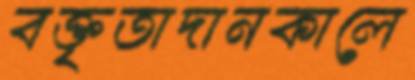
বক্তৃতাদানকালে